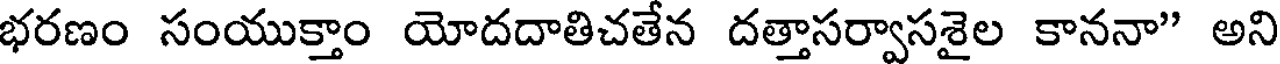
భరణం సంయుక్తాం యోదదాతిచతేన దత్తాసర్వాసశైల కాననా" అని